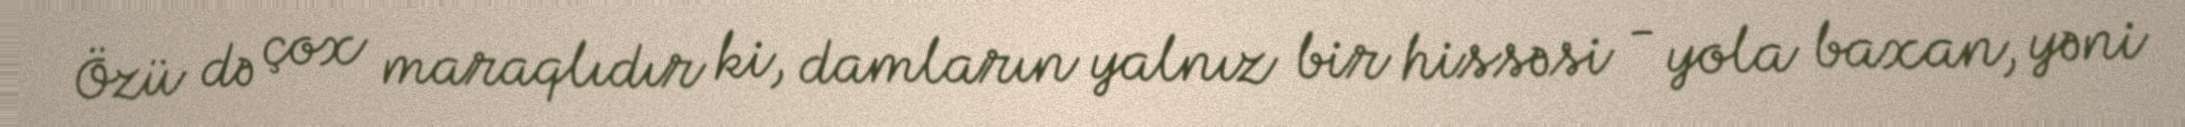
Özü də çox maraqlıdır ki, damların yalnız bir hissəsi - yola baxan, yəni